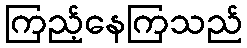
ကြည့်နေကြသည်